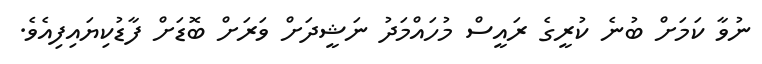
ނުވާ ކަމަށް ބުނެ ކުރީގެ ރައީސް މުހައްމަަދު ނަޝީދަށް ވަރަށް ބޮޑަށް ފާޑުކިޔައިފިއެވެ.